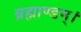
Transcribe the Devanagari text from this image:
ब्रह्माण्डम्।